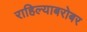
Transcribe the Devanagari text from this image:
राहिल्याबरोबर